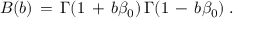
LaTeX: B ( b ) \, = \, \Gamma ( 1 \, + \, b \beta _ { 0 } ) \, \Gamma ( 1 \, - \, b \beta _ { 0 } ) \; .